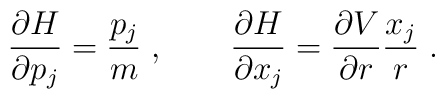
\frac{\partial H}{\partial p_j} = \frac{p_j}{m}\;,\qquad\frac{\partial H}{\partial x_j} = \frac{\partial V}{\partial r}  \frac{x_j}{r}\;.